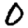
Digit: 0